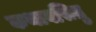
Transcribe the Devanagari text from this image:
कथावसितु